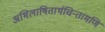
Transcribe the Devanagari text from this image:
अभिलाषितार्थचिन्तामणि